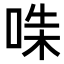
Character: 𠵟